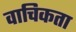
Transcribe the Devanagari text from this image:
वाचिकता